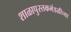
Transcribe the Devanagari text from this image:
शाळापुस्तकमंडळीच्या